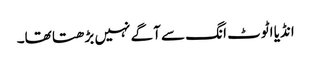
انڈیا اٹوٹ انگ سے آگے نہیں بڑھتا تھا۔